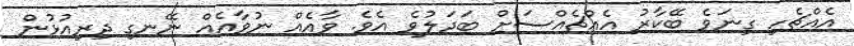
އެއްޗެހި ގިނަވެ ބޭކާރު އެއްޗެއްސަށް ބަދަލުވެ އެވެ. ވާއެއް ނުވާއެއް ނޭނގި ދިރިއުޅުން